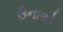
ઉનાઓ